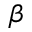
\beta